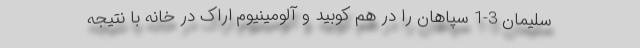
سلیمان 3-1 سپاهان را در هم کوبید و آلومینیوم اراک در خانه با نتیجه